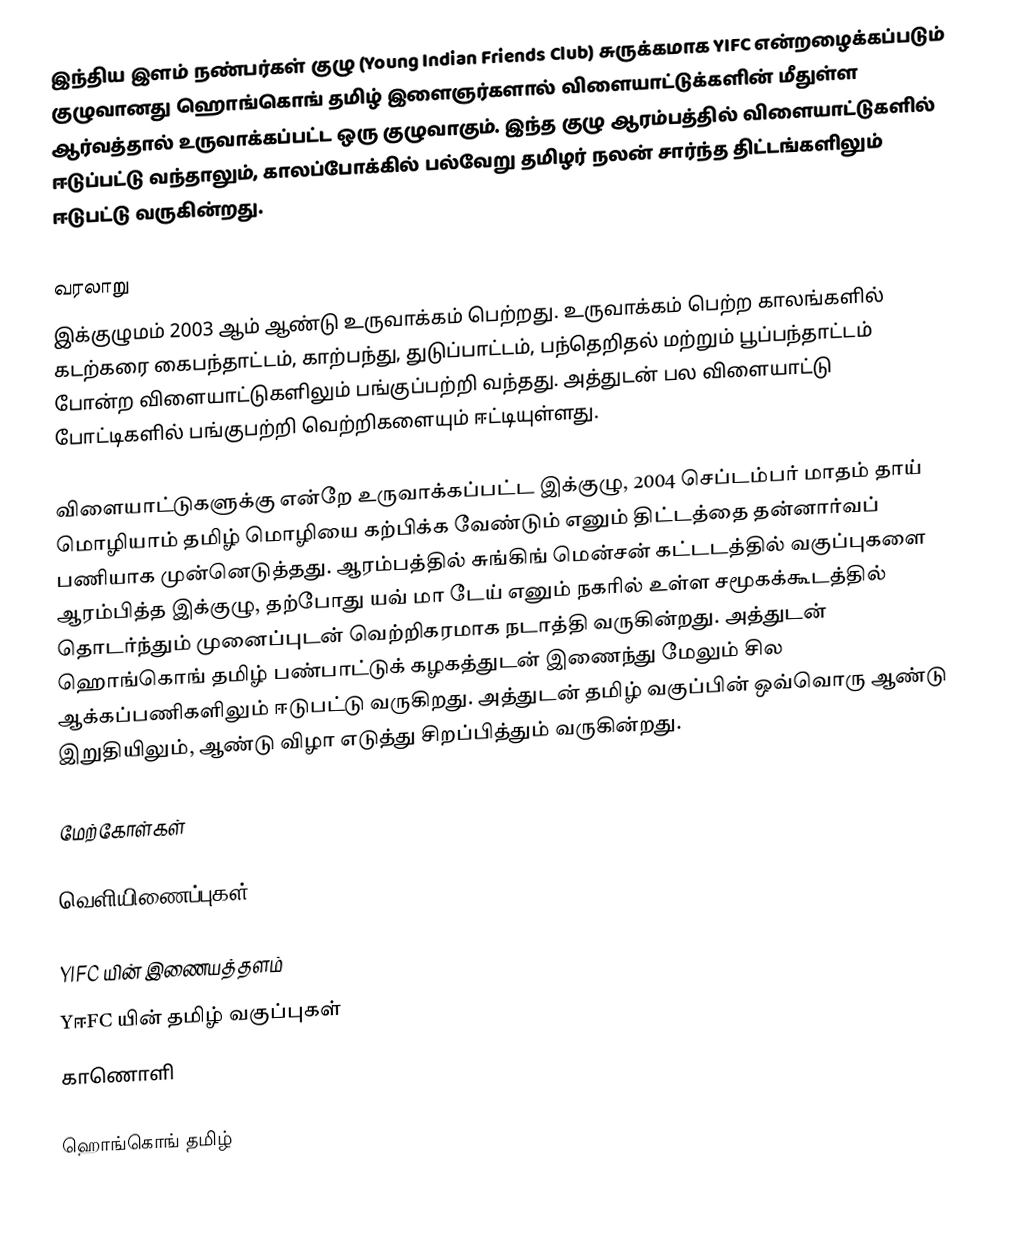
இந்திய இளம் நண்பர்கள் குழு (Young Indian Friends Club) சுருக்கமாக YIFC என்றழைக்கப்படும் குழுவானது ஹொங்கொங் தமிழ் இளைஞர்களால் விளையாட்டுக்களின் மீதுள்ள ஆர்வத்தால் உருவாக்கப்பட்ட ஒரு குழுவாகும். இந்த குழு ஆரம்பத்தில் விளையாட்டுகளில் ஈடுப்பட்டு வந்தாலும், காலப்போக்கில் பல்வேறு தமிழர் நலன் சார்ந்த திட்டங்களிலும் ஈடுபட்டு வருகின்றது.

வரலாறு
இக்குழுமம் 2003 ஆம் ஆண்டு உருவாக்கம் பெற்றது. உருவாக்கம் பெற்ற காலங்களில் கடற்கரை கைபந்தாட்டம், காற்பந்து, துடுப்பாட்டம், பந்தெறிதல் மற்றும் பூப்பந்தாட்டம் போன்ற விளையாட்டுகளிலும் பங்குப்பற்றி வந்தது. அத்துடன் பல விளையாட்டு போட்டிகளில் பங்குபற்றி வெற்றிகளையும் ஈட்டியுள்ளது.

விளையாட்டுகளுக்கு என்றே உருவாக்கப்பட்ட இக்குழு, 2004 செப்டம்பர் மாதம் தாய் மொழியாம் தமிழ் மொழியை கற்பிக்க வேண்டும் எனும் திட்டத்தை  தன்னார்வப் பணியாக முன்னெடுத்தது. ஆரம்பத்தில் சுங்கிங் மென்சன் கட்டடத்தில் வகுப்புகளை ஆரம்பித்த இக்குழு, தற்போது யவ் மா டேய் எனும் நகரில் உள்ள சமூகக்கூடத்தில் தொடர்ந்தும் முனைப்புடன் வெற்றிகரமாக நடாத்தி வருகின்றது. அத்துடன் ஹொங்கொங் தமிழ் பண்பாட்டுக் கழகத்துடன் இணைந்து மேலும் சில ஆக்கப்பணிகளிலும் ஈடுபட்டு வருகிறது. அத்துடன் தமிழ் வகுப்பின் ஒவ்வொரு ஆண்டு இறுதியிலும், ஆண்டு விழா எடுத்து சிறப்பித்தும் வருகின்றது.

மேற்கோள்கள்

வெளியிணைப்புகள்

 YIFC யின் இணையத்தளம்
 YஈFC யின் தமிழ் வகுப்புகள்
 காணொளி

ஹொங்கொங் தமிழ்